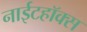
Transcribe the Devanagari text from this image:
नाईटहॉक्स